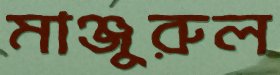
মাঞ্জুরুল